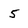
Character: 5